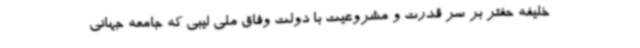
خلیفه حفتر بر سر قدرت و مشروعیت با دولت وفاق ملی لیبی که جامعه جهانی